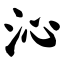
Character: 沁